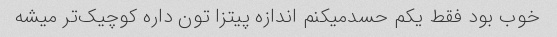
خوب بود فقط یکم حسدمیکنم اندازه پیتزا تون داره کوچیک‌تر میشه